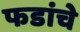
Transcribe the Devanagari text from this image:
फडांचे